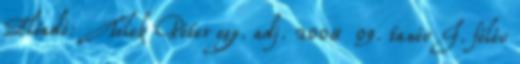
Előadó: Telek Péter egy. adj. 2008 09. tanév I. félév